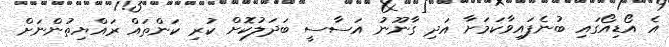
އެ އޯޑިއޯގައި ބުނެފައިވާކަމަށާ އަދި ގާނޫނު އަސާސީ ބަދަލުކޮށް ކުރި ކަންތައް ރައްޔިތުންނަށް